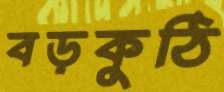
বড়কুঠি